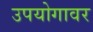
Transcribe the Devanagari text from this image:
उपयोगावर